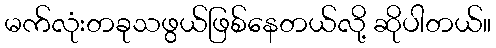
မက်လုံးတခုသဖွယ်ဖြစ်နေတယ်လို့ ဆိုပါတယ်။